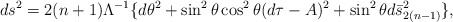
\begin{align*}ds^{2} = 2(n+1) \Lambda^{-1} \lbrace d\theta^{2} + \sin^{2}\theta \cos^{2}\theta (d\tau - A)^{2} + \sin^{2}\theta d\bar{s}_{2(n-1)}^{2}\rbrace, \end{align*}